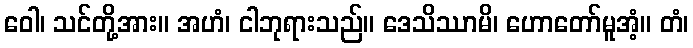
ဝေါ၊ သင်တို့အား။ အဟံ၊ ငါဘုရားသည်။ ဒေသိဿာမိ၊ ဟောတော်မူအံ့။ တံ၊